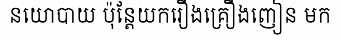
នយោបាយ ប៉ុន្តែយករឿងគ្រឿងញៀន មក